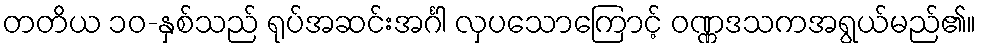
တတိယ ၁၀-နှစ်သည် ရုပ်အဆင်းအင်္ဂါ လှပသောကြောင့် ဝဏ္ဏဒသကအရွယ်မည်၏။